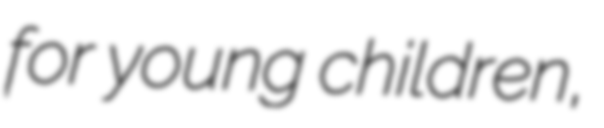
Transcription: for young children,